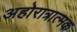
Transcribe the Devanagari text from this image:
अहोरात्रात्मक